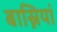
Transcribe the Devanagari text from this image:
बास्नियां